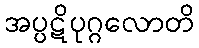
အပ္ပဋိပုဂ္ဂလောတိ